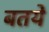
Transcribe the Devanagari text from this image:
बतये